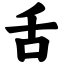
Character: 舌